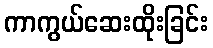
ကာကွယ်ဆေးထိုးခြင်း